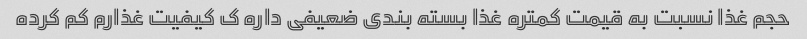
حجم غذا نسبت به قیمت کمتره غذا بسته بندی ضعیفی داره ک کیفیت غذارم کم کرده